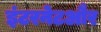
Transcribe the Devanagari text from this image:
इंटरनेटऔर